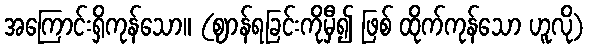
အကြောင်းရှိကုန်သော။ (ဈာန်ရခြင်းကိုမှီ၍ ဖြစ် ထိုက်ကုန်သော ဟူလို)